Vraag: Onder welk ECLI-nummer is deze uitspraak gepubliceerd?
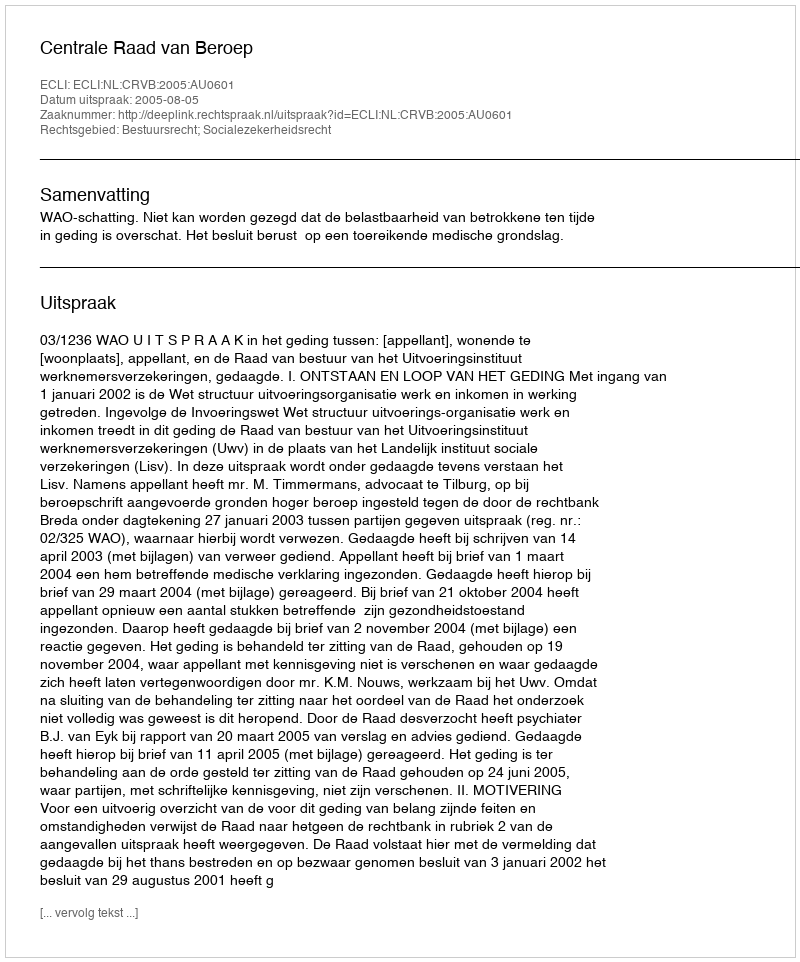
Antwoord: ECLI:NL:CRVB:2005:AU0601